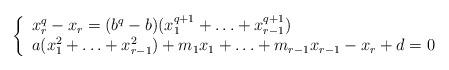
LaTeX: \begin{align*} \left\{\begin{array}{l} x_r^q-x_r=(b^q-b)(x_1^{q+1}+\ldots+x_{r-1}^{q+1}) \\ a(x_1^2+\ldots+x_{r-1}^2)+m_1x_1+\ldots+m_{r-1}x_{r-1}-x_r+d=0 \end{array}\right. \end{align*}